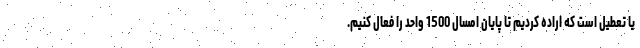
یا تعطیل است که اراده کردیم تا پایان امسال 1500 واحد را فعال کنیم.